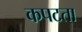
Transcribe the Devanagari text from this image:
कपटता